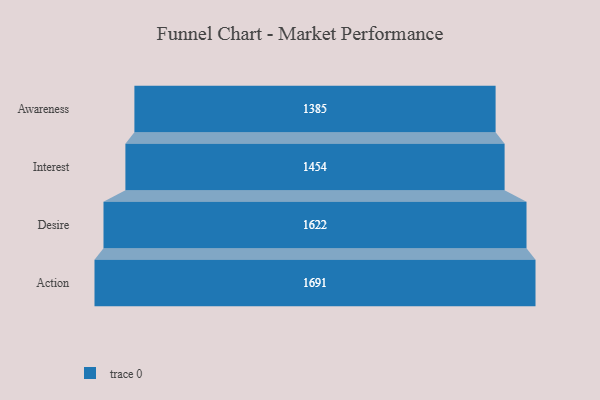
{"axis": {"x": "Stage", "y": "Value"}, "legend": [""], "data": [{"x": "Awareness", "y": 1385.0, "type": ""}, {"x": "Interest", "y": 1454.0, "type": ""}, {"x": "Desire", "y": 1622.0, "type": ""}, {"x": "Action", "y": 1691.0, "type": ""}]}